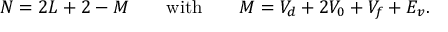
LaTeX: N = 2 L + 2 - M \qquad \mathrm { w i t h } \qquad M = V _ { d } + 2 V _ { 0 } + V _ { f } + E _ { v } .